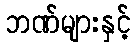
ဘဏ်များနှင့်